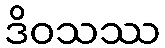
ဒိဝသဿ